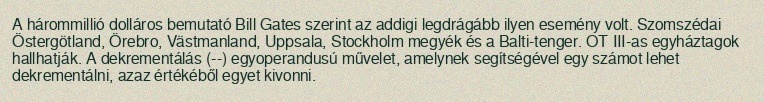
A hárommillió dolláros bemutató Bill Gates szerint az addigi legdrágább ilyen esemény volt. Szomszédai Östergötland, Örebro, Västmanland, Uppsala, Stockholm megyék és a Balti-tenger. OT III-as egyháztagok hallhatják. A dekrementálás (--) egyoperandusú művelet, amelynek segítségével egy számot lehet dekrementálni, azaz értékéből egyet kivonni.